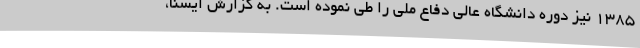
۱۳۸۵ نیز دوره دانشگاه عالی دفاع ملی را طی نموده است. به گزارش ایسنا،